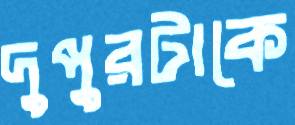
দুপুরটাকে